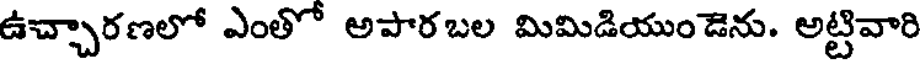
ఉచ్చారణలో ఎంతో అపారబల మిమిడియుండెను. అట్టివారి